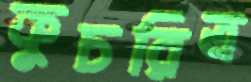
কুচরিত্র